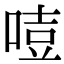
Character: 𠷸